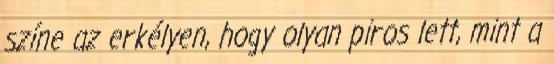
színe az erkélyen, hogy olyan piros lett, mint a